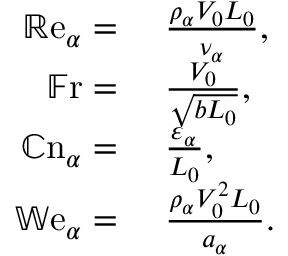
\begin{array} { r l } { \mathbb { R } \mathrm { e } _ { \alpha } = } & { ~ \frac { \rho _ { \alpha } V _ { 0 } L _ { 0 } } { \nu _ { \alpha } } , } \\ { \mathbb { F } \mathrm { r } = } & { ~ \frac { V _ { 0 } } { \sqrt { b L _ { 0 } } } , } \\ { \mathbb { C } \mathrm { n } _ { \alpha } = } & { ~ \frac { \varepsilon _ { \alpha } } { L _ { 0 } } , } \\ { \mathbb { W } \mathrm { e } _ { \alpha } = } & { ~ \frac { \rho _ { \alpha } V _ { 0 } ^ { 2 } L _ { 0 } } { a _ { \alpha } } . } \end{array}